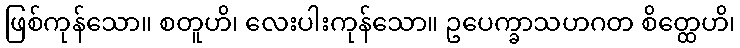
ဖြစ်ကုန်သော။ စတူဟိ၊ လေးပါးကုန်သော။ ဥပေက္ခာသဟဂတ စိတ္ထေဟိ၊